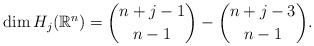
LaTeX: \begin{align*}\dim{H_{j}(\mathbb{R}^{n})}={n+j-1\choose n-1}-{n+j-3\choose n-1}.\end{align*}